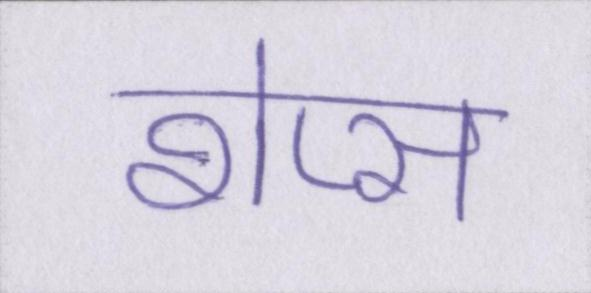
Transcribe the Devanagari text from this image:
शेप्स